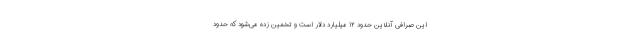
این صرافی آنلاین حدود ۱۲ میلیارد دلار است و تخمین زده می‌شود که حدود